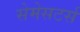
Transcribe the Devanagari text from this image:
सेमेसटर्स